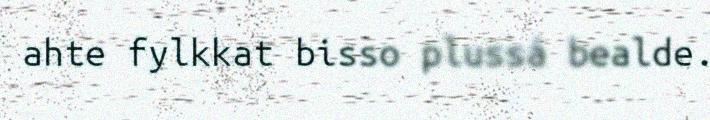
ahte fylkkat bisso plussá bealde.